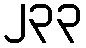
၂၃၃